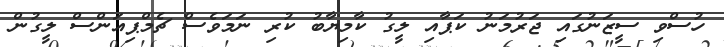
ހުސްވި ސީޒަނުގައި ޖަރުމަނު ކަޕާއި ލީގު ކާމިޔާބު ކުރި ނަމަވެސް ޗެމްޕިއަންސް ލީގުން